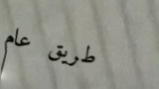
طريق عام